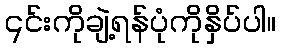
၎င်းကိုချဲ့ရန်ပုံကိုနှိပ်ပါ။